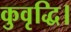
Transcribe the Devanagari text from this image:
कुवृद्धि।